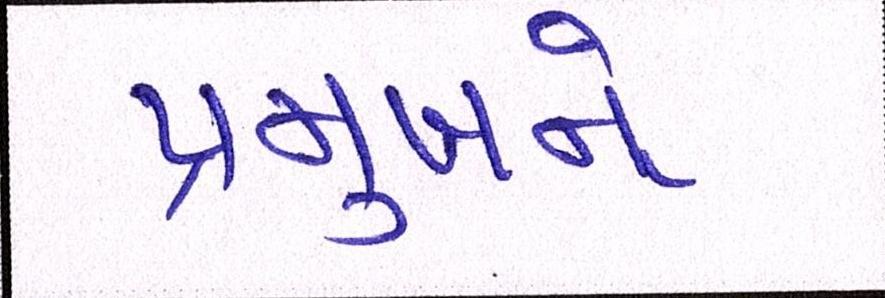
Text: પ્રમુખને